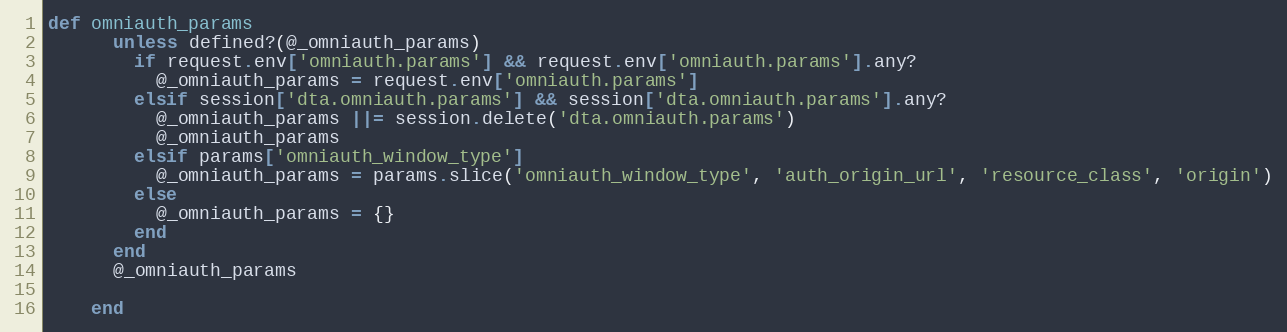
Language: Ruby
def omniauth_params
      unless defined?(@_omniauth_params)
        if request.env['omniauth.params'] && request.env['omniauth.params'].any?
          @_omniauth_params = request.env['omniauth.params']
        elsif session['dta.omniauth.params'] && session['dta.omniauth.params'].any?
          @_omniauth_params ||= session.delete('dta.omniauth.params')
          @_omniauth_params
        elsif params['omniauth_window_type']
          @_omniauth_params = params.slice('omniauth_window_type', 'auth_origin_url', 'resource_class', 'origin')
        else
          @_omniauth_params = {}
        end
      end
      @_omniauth_params

    end